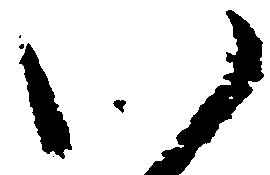
い